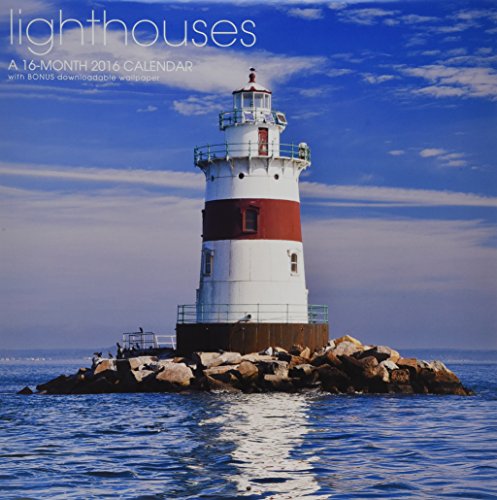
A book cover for Lighthouses Wall Calendar (2016); Landmark; Calendars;